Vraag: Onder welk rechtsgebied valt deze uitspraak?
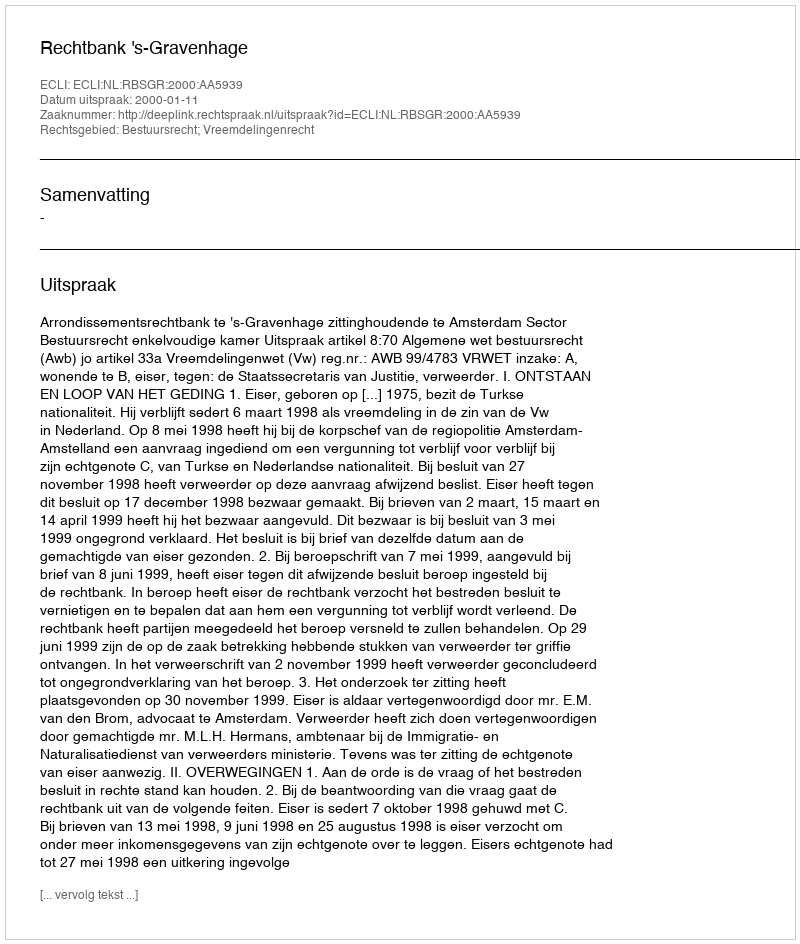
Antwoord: Bestuursrecht; Vreemdelingenrecht